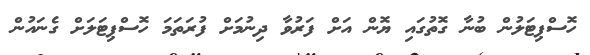
ހޮސްޕިޓަލުން ބުނާ ގޮތުގައި ޔޮން އަށް ފަރުވާ ދިނުމަށް ފުރަތަމަ ހޮސްޕިޓަލަށް ގެނައުން